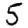
Digit: 5